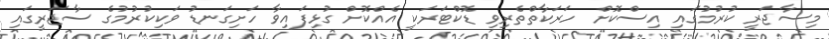
މިސާޖަރީ ކުރުމުގައި އިސްކޮށް ހަރަކާތްތެރިވި ޑޮކްޓަރަކީ އެއްކޮށް ގުޅިފައިވާ ހަށިގަނޑު ވަކިކުރުމުގެ ސާޖަރީގައި